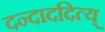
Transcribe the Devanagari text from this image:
दन्दाददित्य्